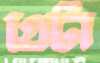
গ্রেটা